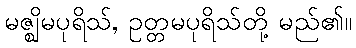
မဇ္ဈိမပုရိသ်, ဥတ္တမပုရိသ်တို့ မည်၏။